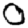
Digit: 0